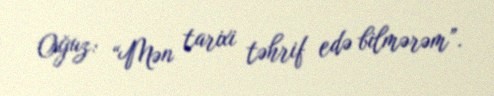
Oğuz: “Mən tarixi təhrif edə bilmərəm”.